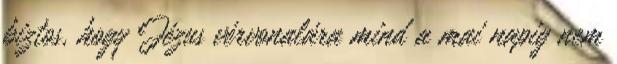
biztos, hogy Jézus vérvonalára mind a mai napig nem